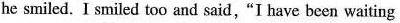
he smiled. I smiled too and said,"I have been waiting